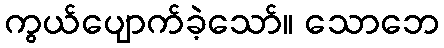
ကွယ်ပျောက်ခဲ့သော်။ သောဘေ